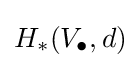
H_{*}(V_{\bullet },d)